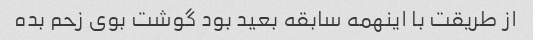
از طریقت با اینهمه سابقه بعید بود گوشت بوی زحم بده